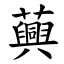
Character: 䕟